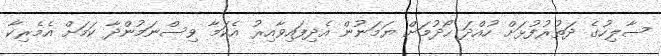
ސާލިހުގެ ދަތުރުފުޅަށް ހުއްދަ ހޯދުމަށް ޔަމަނުން އެދިފައިވާއިރު އެކަމާ ވިސްނަމުންދާ ކަމަށް އެމެރިކާ